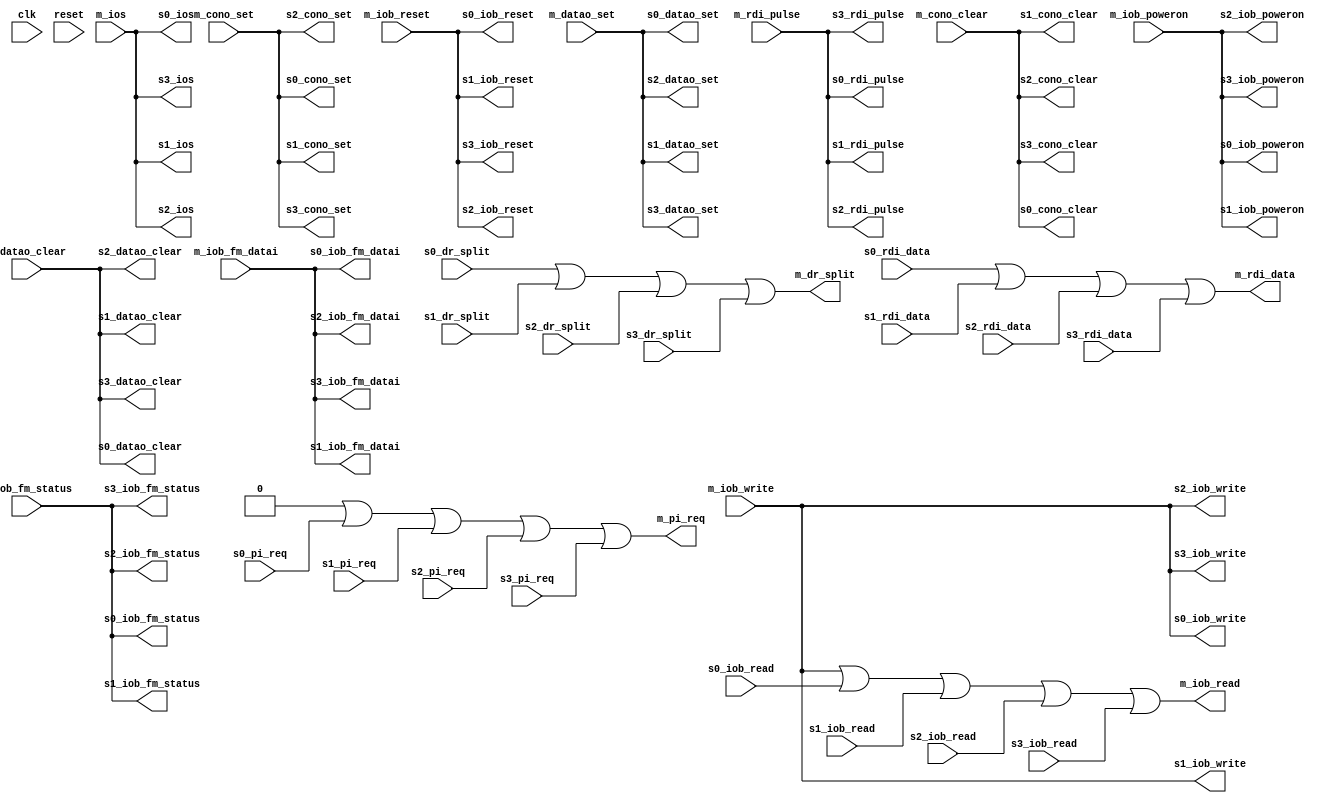
module iobus_4_connect(
	// unused
	input wire clk,
	input wire reset,

	// Master
	input wire m_iob_poweron,
	input wire m_iob_reset,
	input wire m_datao_clear,
	input wire m_datao_set,
	input wire m_cono_clear,
	input wire m_cono_set,
	input wire m_iob_fm_datai,
	input wire m_iob_fm_status,
	input wire m_rdi_pulse,
	input wire [3:9] m_ios,
	input wire [0:35] m_iob_write,
	output wire [1:7] m_pi_req,
	output wire [0:35] m_iob_read,
	output wire m_dr_split,
	output wire m_rdi_data,

	// Slave 0
	output wire s0_iob_poweron,
	output wire s0_iob_reset,
	output wire s0_datao_clear,
	output wire s0_datao_set,
	output wire s0_cono_clear,
	output wire s0_cono_set,
	output wire s0_iob_fm_datai,
	output wire s0_iob_fm_status,
	output wire s0_rdi_pulse,
	output wire [3:9] s0_ios,
	output wire [0:35] s0_iob_write,
	input wire [1:7] s0_pi_req,
	input wire [0:35] s0_iob_read,
	input wire s0_dr_split,
	input wire s0_rdi_data,

	// Slave 1
	output wire s1_iob_poweron,
	output wire s1_iob_reset,
	output wire s1_datao_clear,
	output wire s1_datao_set,
	output wire s1_cono_clear,
	output wire s1_cono_set,
	output wire s1_iob_fm_datai,
	output wire s1_iob_fm_status,
	output wire s1_rdi_pulse,
	output wire [3:9] s1_ios,
	output wire [0:35] s1_iob_write,
	input wire [1:7] s1_pi_req,
	input wire [0:35] s1_iob_read,
	input wire s1_dr_split,
	input wire s1_rdi_data,

	// Slave 2
	output wire s2_iob_poweron,
	output wire s2_iob_reset,
	output wire s2_datao_clear,
	output wire s2_datao_set,
	output wire s2_cono_clear,
	output wire s2_cono_set,
	output wire s2_iob_fm_datai,
	output wire s2_iob_fm_status,
	output wire s2_rdi_pulse,
	output wire [3:9] s2_ios,
	output wire [0:35] s2_iob_write,
	input wire [1:7] s2_pi_req,
	input wire [0:35] s2_iob_read,
	input wire s2_dr_split,
	input wire s2_rdi_data,

	// Slave 3
	output wire s3_iob_poweron,
	output wire s3_iob_reset,
	output wire s3_datao_clear,
	output wire s3_datao_set,
	output wire s3_cono_clear,
	output wire s3_cono_set,
	output wire s3_iob_fm_datai,
	output wire s3_iob_fm_status,
	output wire s3_rdi_pulse,
	output wire [3:9] s3_ios,
	output wire [0:35] s3_iob_write,
	input wire [1:7] s3_pi_req,
	input wire [0:35] s3_iob_read,
	input wire s3_dr_split,
	input wire s3_rdi_data
);
	assign m_pi_req = 0 | s0_pi_req | s1_pi_req | s2_pi_req | s3_pi_req;
	assign m_iob_read = m_iob_write | s0_iob_read | s1_iob_read | s2_iob_read | s3_iob_read;
	assign m_dr_split = 0 | s0_dr_split | s1_dr_split | s2_dr_split | s3_dr_split;
	assign m_rdi_data = 0 | s0_rdi_data | s1_rdi_data | s2_rdi_data | s3_rdi_data;


	assign s0_iob_poweron = m_iob_poweron;
	assign s0_iob_reset = m_iob_reset;
	assign s0_datao_clear = m_datao_clear;
	assign s0_datao_set = m_datao_set;
	assign s0_cono_clear = m_cono_clear;
	assign s0_cono_set = m_cono_set;
	assign s0_iob_fm_datai = m_iob_fm_datai;
	assign s0_iob_fm_status = m_iob_fm_status;
	assign s0_rdi_pulse = m_rdi_pulse;
	assign s0_ios = m_ios;
	assign s0_iob_write = m_iob_write;

	assign s1_iob_poweron = m_iob_poweron;
	assign s1_iob_reset = m_iob_reset;
	assign s1_datao_clear = m_datao_clear;
	assign s1_datao_set = m_datao_set;
	assign s1_cono_clear = m_cono_clear;
	assign s1_cono_set = m_cono_set;
	assign s1_iob_fm_datai = m_iob_fm_datai;
	assign s1_iob_fm_status = m_iob_fm_status;
	assign s1_rdi_pulse = m_rdi_pulse;
	assign s1_ios = m_ios;
	assign s1_iob_write = m_iob_write;

	assign s2_iob_poweron = m_iob_poweron;
	assign s2_iob_reset = m_iob_reset;
	assign s2_datao_clear = m_datao_clear;
	assign s2_datao_set = m_datao_set;
	assign s2_cono_clear = m_cono_clear;
	assign s2_cono_set = m_cono_set;
	assign s2_iob_fm_datai = m_iob_fm_datai;
	assign s2_iob_fm_status = m_iob_fm_status;
	assign s2_rdi_pulse = m_rdi_pulse;
	assign s2_ios = m_ios;
	assign s2_iob_write = m_iob_write;

	assign s3_iob_poweron = m_iob_poweron;
	assign s3_iob_reset = m_iob_reset;
	assign s3_datao_clear = m_datao_clear;
	assign s3_datao_set = m_datao_set;
	assign s3_cono_clear = m_cono_clear;
	assign s3_cono_set = m_cono_set;
	assign s3_iob_fm_datai = m_iob_fm_datai;
	assign s3_iob_fm_status = m_iob_fm_status;
	assign s3_rdi_pulse = m_rdi_pulse;
	assign s3_ios = m_ios;
	assign s3_iob_write = m_iob_write;
endmodule